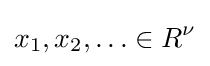
x_{1},x_{2},\ldots \in R^{\nu }